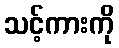
သင့်ကားကို